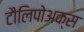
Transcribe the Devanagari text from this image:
टौलिपोअक्स